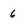
Character: 6